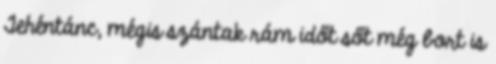
Tehéntánc, mégis szántak rám időt sőt még bort is